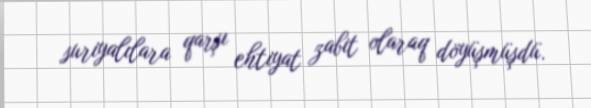
suriyalılara qarşı ehtiyat zabit olaraq döyüşmüşdü.